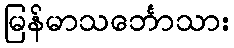
မြန်မာသင်္ဘောသား